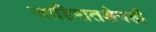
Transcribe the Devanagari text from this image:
जाहिरातक्षेत्रही